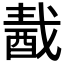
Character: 𨠾